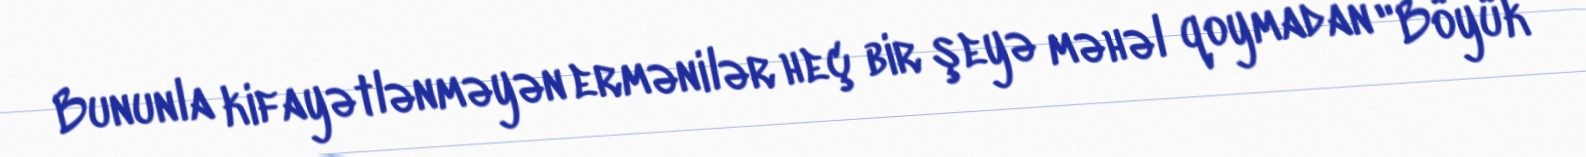
Bununla kifayətlənməyən ermənilər heç bir şeyə məhəl qoymadan "Böyük